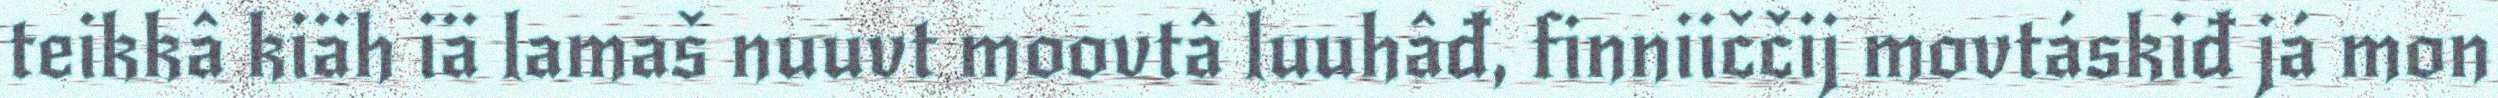
teikkâ kiäh iä lamaš nuuvt moovtâ luuhâđ, finniiččij movtáskiđ já mon